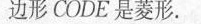
边形CODE是菱形.